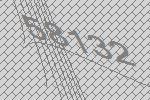
58132